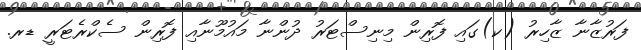
ފަރުޒާނާ ޒާހިރު (ކ)ގައި ފޮރިން މިނިސްޓަރު ދުންނާ މައުމޫނާއި ފޮރިން ސެކްރެޓަރީ ޑރ.